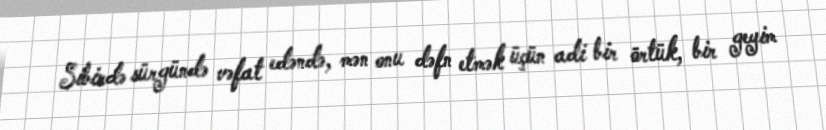
Sibirdə sürgündə vəfat edəndə, mən onu dəfn etmək üçün adi bir örtük, bir geyim